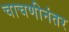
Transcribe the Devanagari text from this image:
चाचणीनंतर